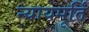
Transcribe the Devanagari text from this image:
न्‍यायमूर्ति